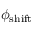
\phi _ { \mathrm { s h i f t } }